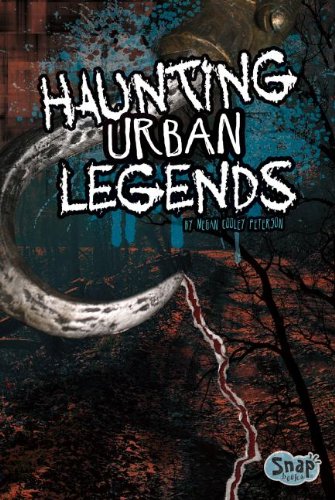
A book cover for Haunting Urban Legends (SCARED!); Megan C Peterson; Humor & Entertainment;